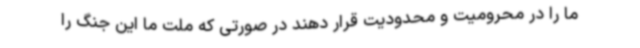
ما را در محرومیت و محدودیت قرار دهند در صورتی که ملت ما این جنگ را